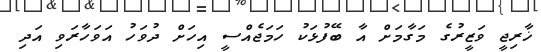
ޚާރިޖީ ވަޒީރުގެ މަގާމަށް އާ ބޭފުޅަކު ހަމަޖެއްސީ އިހަށް ދުވަހު އަވަހާރަވި އަދި